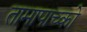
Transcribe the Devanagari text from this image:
तामापाच्को